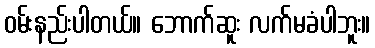
ဝမ်းနည်းပါတယ်။ ဘောက်ဆူး လက်မခံပါဘူး။